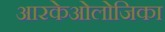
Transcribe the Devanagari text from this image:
आरकेओलोजिका